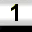
Digit: 1